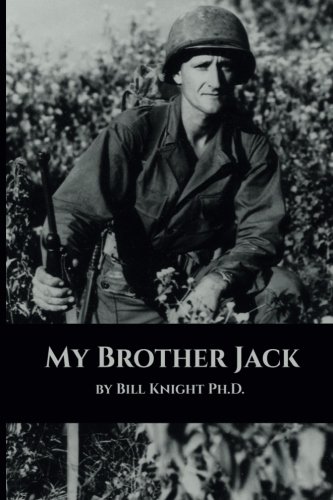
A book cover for My Brother Jack; Bill Knight; Parenting & Relationships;